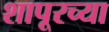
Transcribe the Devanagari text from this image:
शापूरच्या